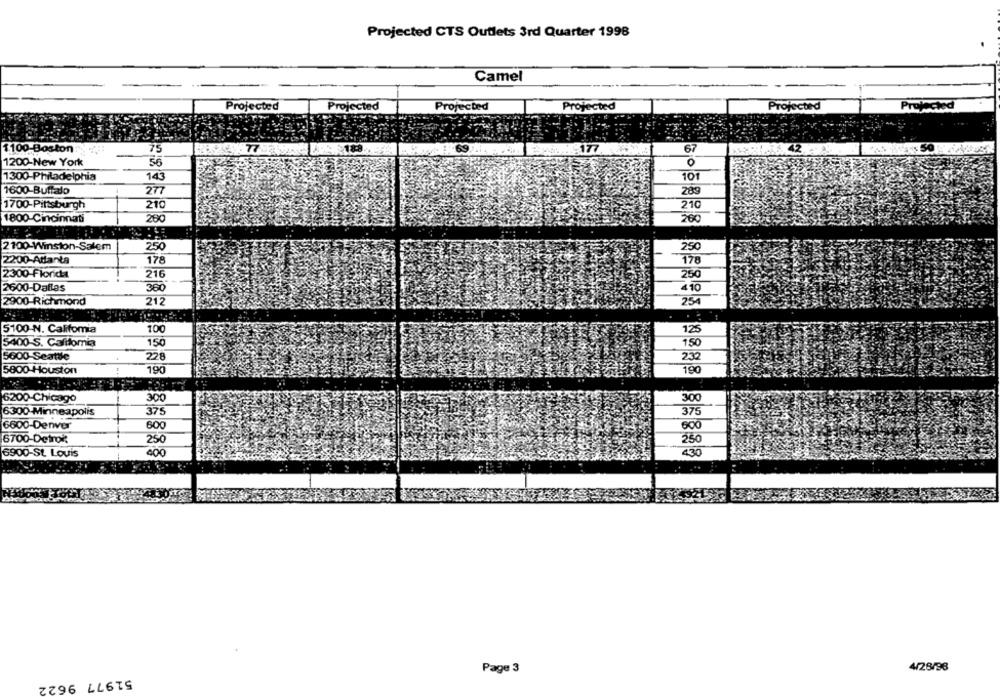
Projected CTS Outlets 3rd Quarter 1998
Camel
Projected
Projected
Projected
Projected
Projected
Projected
69
$100 Boston
75
5188
C:177
67
1200-New York
56
1300-Philadelphia
143
101
1600-Buffalo
277
289
1700-Pittsburgh
210
210
1800-Cincinnati
280
260
2100-Winston-Salem
250
250
2200-Atlanta
178
178
2300-Florida
216
250
2600-Dallas
360
410
2900 Richmond
212
25
5100-N. Califomia
100
125
150
150
5400 S. Califomia
5600 Seattle
232
228
5800-Houston
190
190
6200-Chicago
300
300
375
6300 Minneapolis
375
6600-Denver
600
600
6700-Detroit
250
250
6900-St. Louis
400
430
Page 3
4/28/96
51977 9622